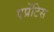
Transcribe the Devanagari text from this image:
एप्रेंटिस